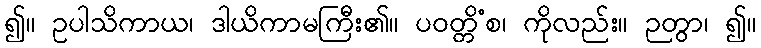
၍။ ဥပါသိကာယ၊ ဒါယိကာမကြီး၏။ ပဝတ္တိံစ၊ ကိုလည်း။ ဉတွာ၊ ၍။